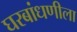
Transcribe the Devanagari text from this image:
घरबांधणीला